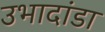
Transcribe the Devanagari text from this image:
उभादांडा